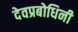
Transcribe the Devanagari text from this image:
देवप्रबोधिनी